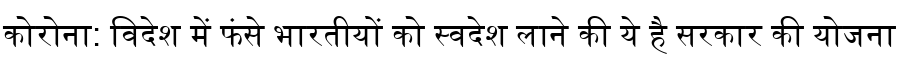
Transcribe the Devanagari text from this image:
कोरोना: विदेश में फंसे भारतीयों को स्वदेश लाने की ये है सरकार की योजना